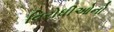
વિરોધીઓનો